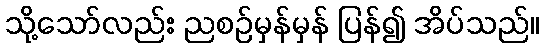
သို့သော်လည်း ညစဉ်မှန်မှန် ပြန်၍ အိပ်သည်။